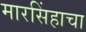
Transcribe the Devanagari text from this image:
मारसिंहाचा